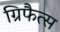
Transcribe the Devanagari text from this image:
ग्रिफैत्स